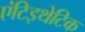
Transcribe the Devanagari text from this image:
एंटिइथेटिक